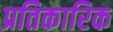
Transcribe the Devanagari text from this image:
प्रतिकारिक